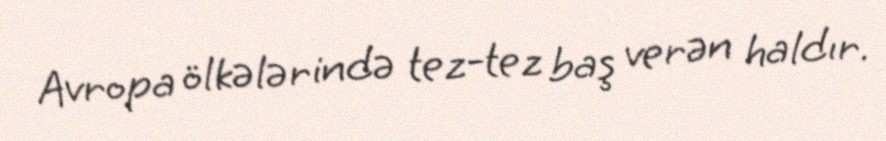
Avropa ölkələrində tez-tez baş verən haldır.